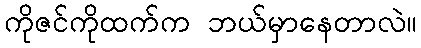
ကိုဇင်ကိုထက်က ဘယ်မှာနေတာလဲ။